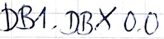
Text: DB1.DBX0.0